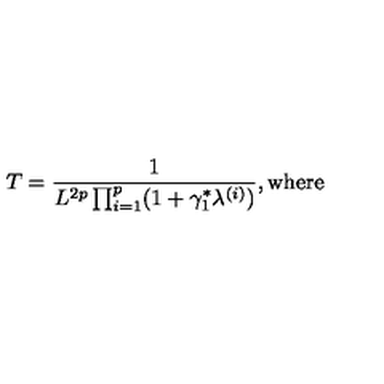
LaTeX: T = \frac { 1 } { L ^ { 2 p } \prod _ { i = 1 } ^ { p } ( 1 + \gamma _ { 1 } ^ { \ast } \lambda ^ { ( i ) } ) } \mathrm { , w h e r e }